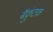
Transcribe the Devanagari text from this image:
बैक्रुंटक